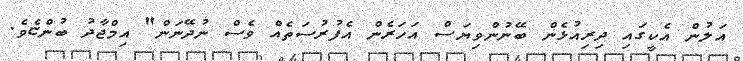
އަލުން އެކީގައި ދިރިއުޅެން ބޭނުުންވިޔަސް އަހަރެން އެފުރުސަތެއް ވެސް ނުދޭނަން" އިމްޖާދު ބުންޏެވެ.